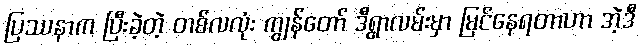
ပြဿနာက ပြီးခဲ့တဲ့ တစ်လလုံး ကျွန်တော် ဒီရွာလမ်းမှာ မြင်နေရတာဟာ အဲ့ဒီ